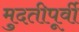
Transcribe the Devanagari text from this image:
मुदतीपूर्वी